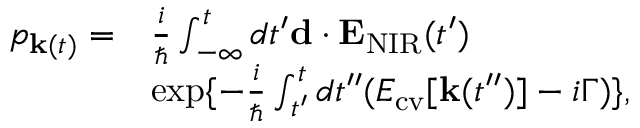
\begin{array} { r l } { p _ { { \bf k } ( t ) } = } & { \frac { i } { \hbar } \int _ { - \infty } ^ { t } d t ^ { \prime } { \bf d } \cdot { \bf E } _ { \mathrm { N I R } } ( t ^ { \prime } ) } \\ & { \exp \{ - \frac { i } { \hbar } \int _ { t ^ { \prime } } ^ { t } d t ^ { \prime \prime } ( E _ { \mathrm { c v } } [ { \bf k } ( t ^ { \prime \prime } ) ] - i \Gamma ) \} , } \end{array}